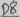
Text: D8